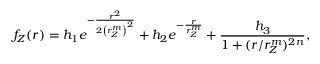
f _ { Z } ( r ) = h _ { 1 } e ^ { - \frac { r ^ { 2 } } { 2 \left( r _ { Z } ^ { m } \right) ^ { 2 } } } + h _ { 2 } e ^ { - \frac { r } { r _ { Z } ^ { m } } } + \frac { h _ { 3 } } { 1 + ( r / r _ { Z } ^ { m } ) ^ { 2 n } } ,